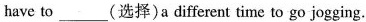
have to___ (选择)a different time to go jogging.